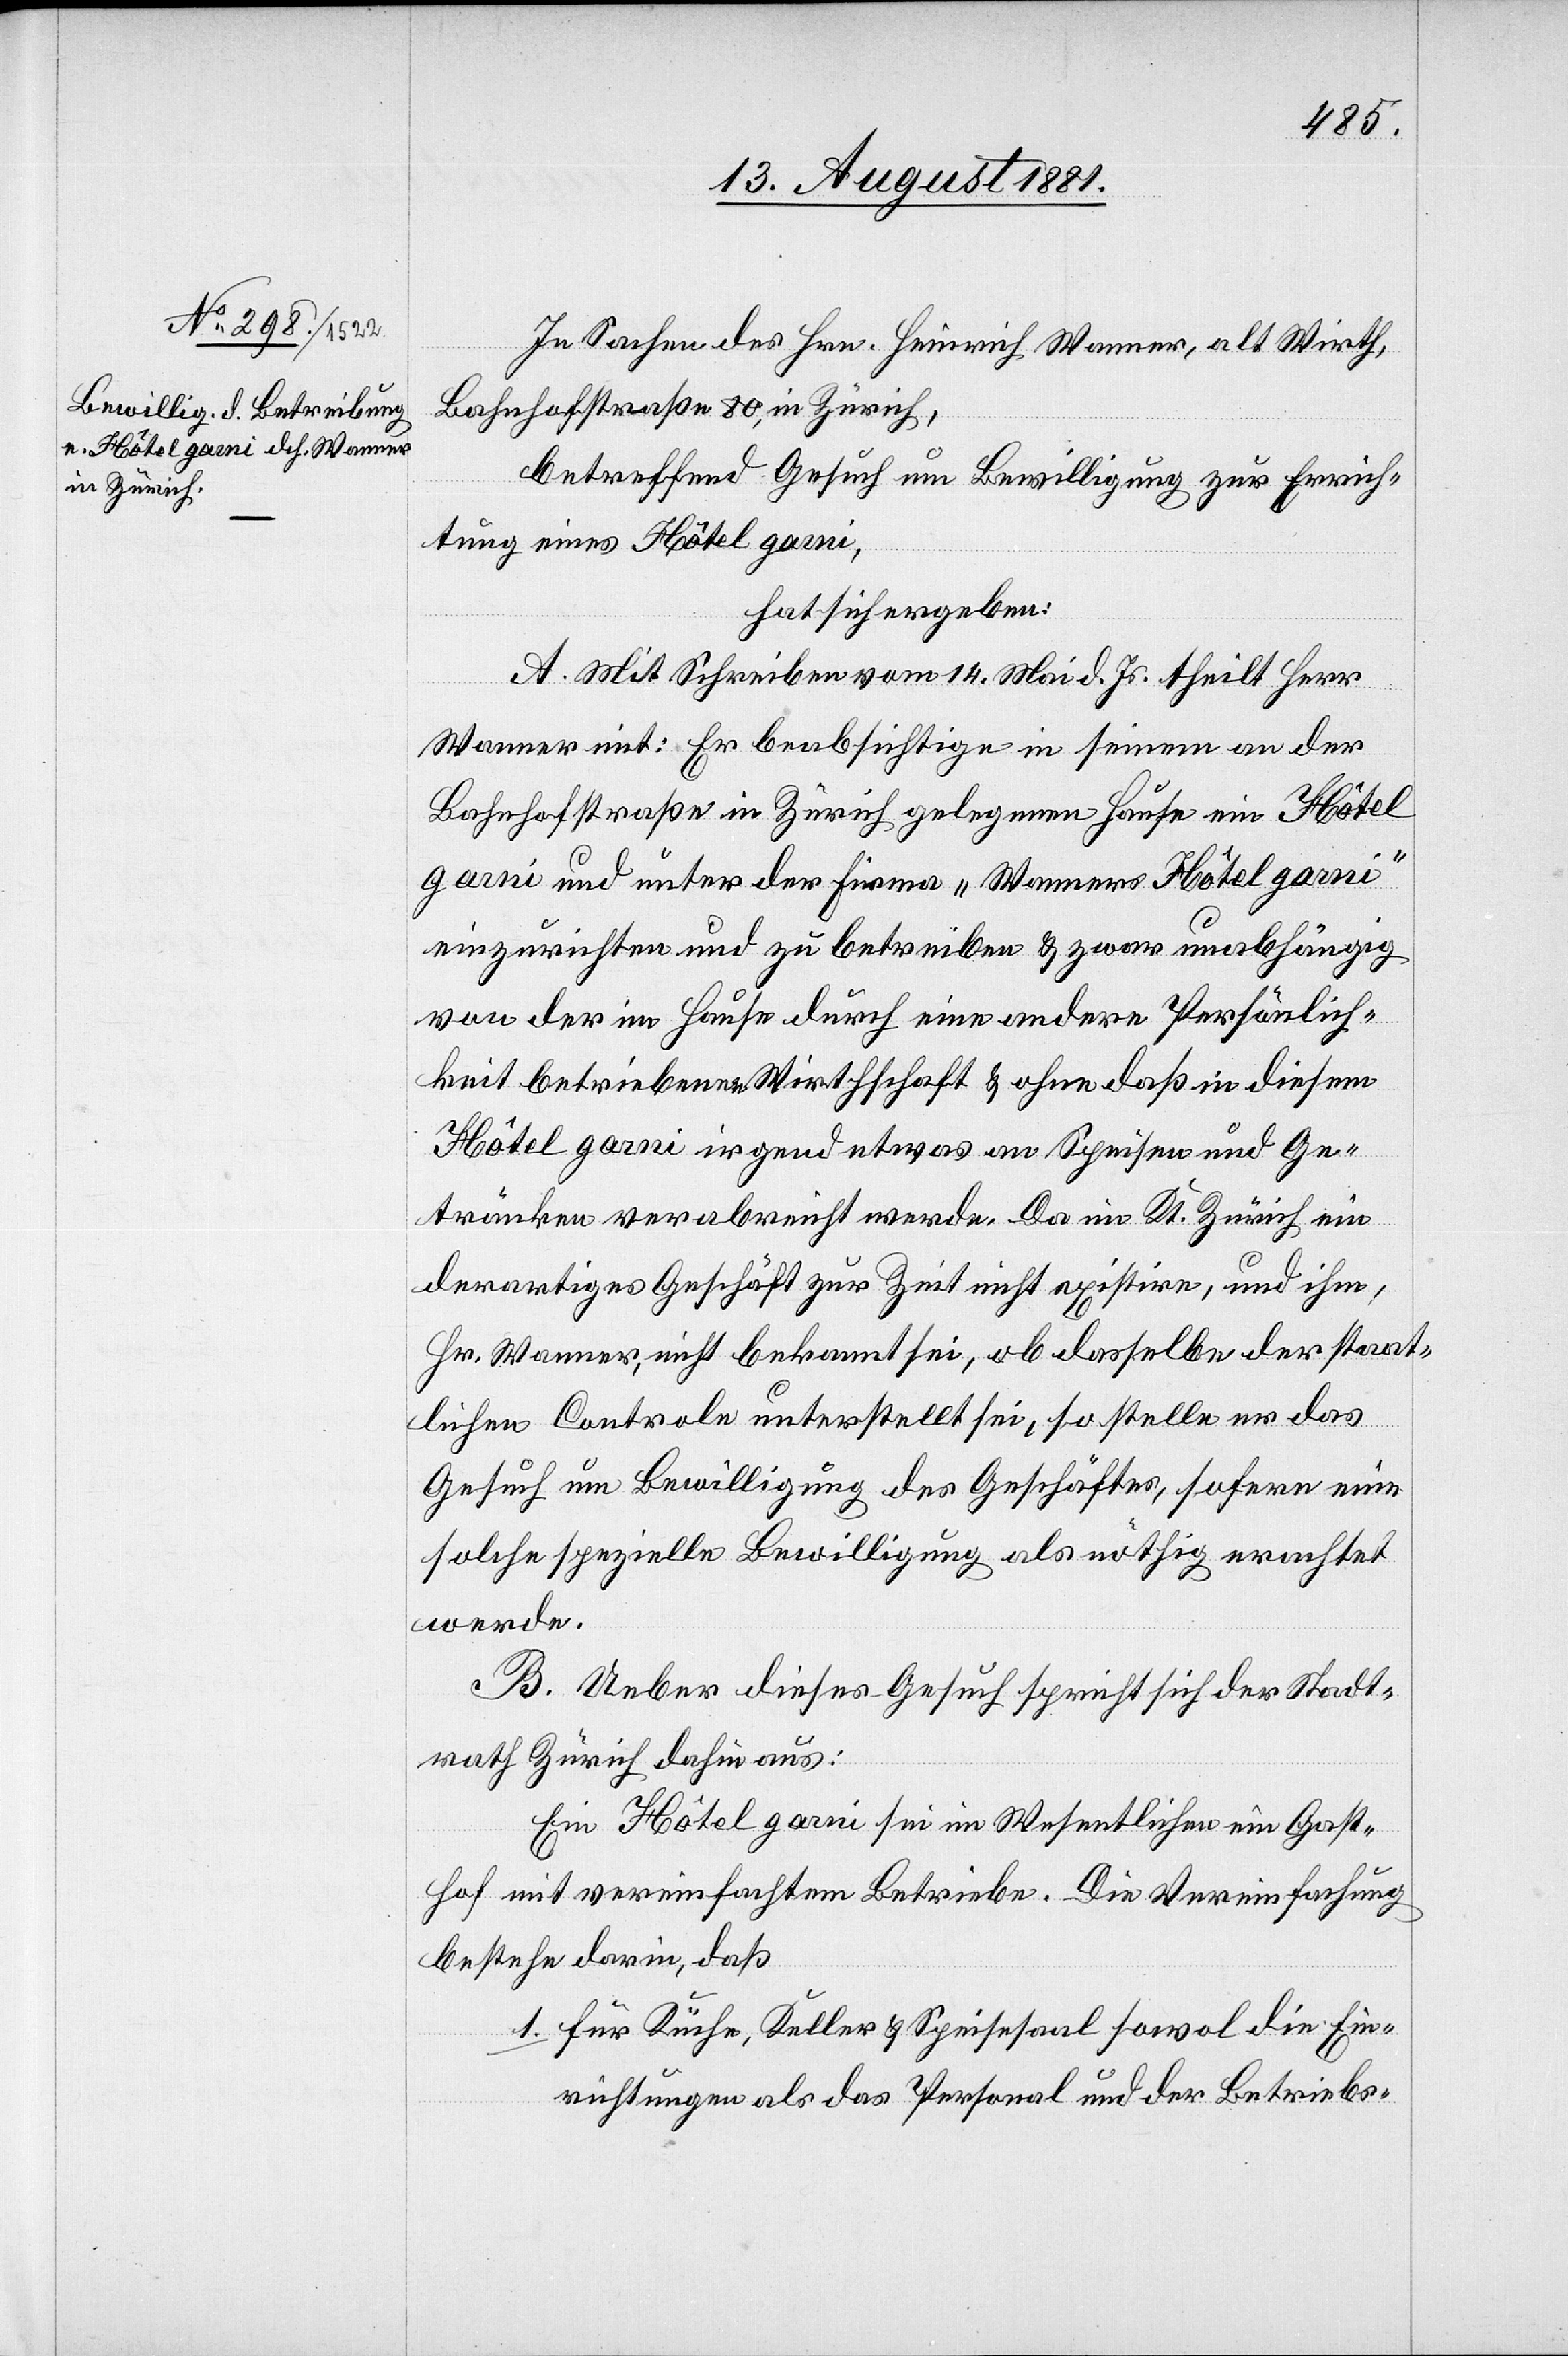
In Sachen des Hrn. Heinrich Wanner, alt Wirth,
Bahnhofstraße 80, in Zürich,
betreffend Gesuch um Bewilligung zur Errich¬
tung eines Hôtel garni,
hat sich ergeben:
A. Mit Schreiben vom 14. Mai d. Js. theilt Herr
Wanner mit: Er beabsichtige in seinem an der
Bahnhofstraße in Zürich gelegenen Hause ein Hôtel
garni und unter der Firma „Wanner Hôtel garni“
einzurichten und zu betreiben & zwar unabhängig
von der im Hause durch eine andere Persönlich¬
keit betriebene Wirthschaft & ohne daß in diesem
Hôtel garni irgend etwas an Speisen und Ge¬
tränken verabreicht werde. Da im Kt. Zürich ein
derartiges Geschäft zur Zeit nicht existire, und ihm,
Hr. Wanner, nicht bekannt sei, ob dasselbe der staat¬
lichen Controle unterstellt sei, so stelle er das
Gesuch um Bewilligung des Geschäftes, sofern eine
solche spezielle Bewilligung als nöthig erachtet
werde.
B. Ueber dieses Gesuch spricht sich der Stadt¬
rath Zürich dahin aus:
Ein Hôtel garni sei im Wesentlichen ein Gast¬
hof mit vereinfachtem Betriebe. Die Vereinfachung
bestehe darin, daß
1. für Küche, Keller & Speisesaal sowol die Ein¬
richtungen als das Personal und der Betriebs-